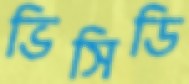
ভিসিডি